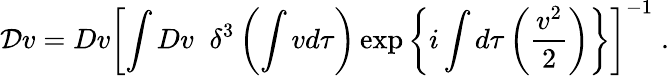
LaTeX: {\cal D}v=Dv\left[\int Dv\; \; \delta^{3}\left(\int vd\tau\right)\exp\left\{ i\int d\tau\left(\frac{v^{2}}2\right)\right\} \right]^{-1}\; .